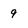
Character: 9